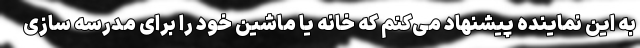
به این نماینده پیشنهاد می‌کنم که خانه یا ماشین خود را برای مدرسه سازی